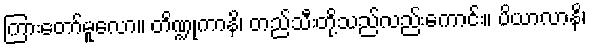
ကြားတော်မူလော။ တိဏ္ဍုကာနိ၊ တည်သီးတို့သည်လည်းကောင်း။ ပိယာလာနိ၊